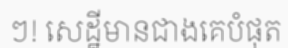
ៗ! សេដ្ឋីមានជាងគេបំផុត